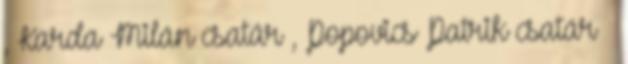
, Karda Milán csatár , Popovics Patrik csatár –